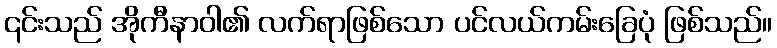
၎င်းသည် အိုကီနာဝါ၏ လက်ရာဖြစ်သော ပင်လယ်ကမ်းခြေပုံ ဖြစ်သည်။